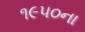
૧૯૫૦ના